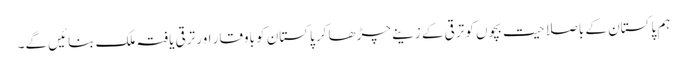
ہم پاکستان کے باصلاحیت بچوں کو ترقی کے زینے چڑھا کر پاکستان کو باوقار اور ترقی یافتہ ملک بنائیں گے۔